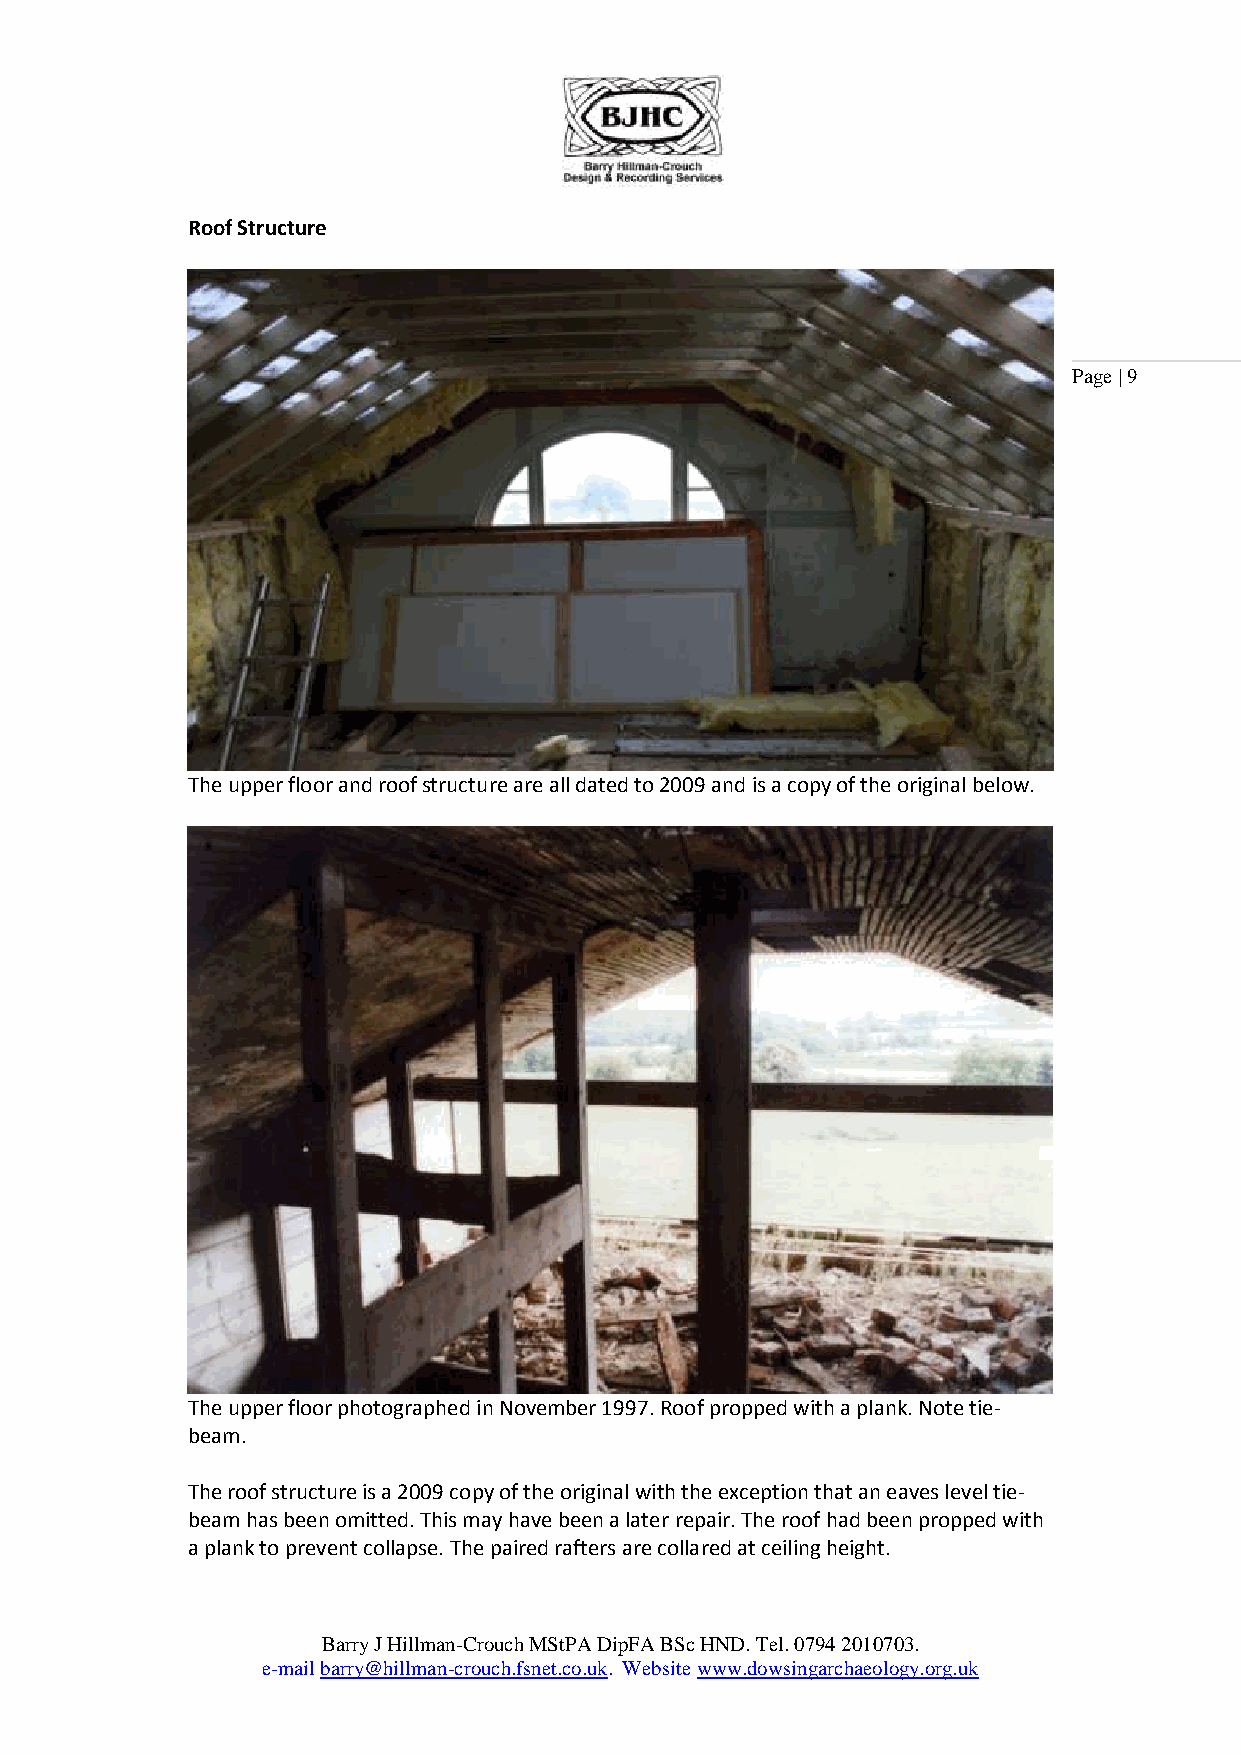
Roof Structure
 Page | 9
 The upper floor and roof structure are all dated to 2009 and is a copy of the original below.
 The upper floor photographed in November 1997. Roof propped with a plank. Note tie-
 beam.
 The roof structure is a 2009 copy of the original with the exception that an eaves level tie-
 beam has been omitted. This may have been a later repair. The roof had been propped with
 a plank to prevent collapse. The paired rafters are collared at ceiling height.
 Barry J Hillman-Crouch MStPA DipFA BSc HND. Tel. 0794 2010703.
 e-mail barry@hillman-crouch.fsnet.co.uk. Website www.dowsingarchaeology.org.uk